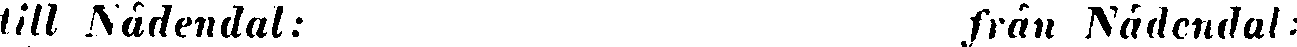
till Nådendal: från Nådendal: